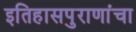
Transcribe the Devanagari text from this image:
इतिहासपुराणांचा